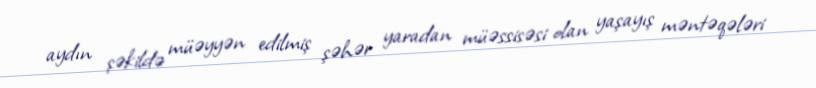
aydın şəkildə müəyyən edilmiş şəhər yaradan müəssisəsi olan yaşayış məntəqələri